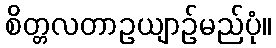
စိတ္တလတာဥယျာဉ်မည်ပုံ။